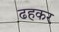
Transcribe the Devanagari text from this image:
ढहकर